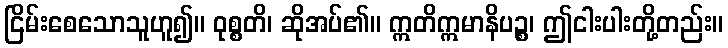
ငြိမ်းစေသောသူဟူ၍။ ဝုစ္စတိ၊ ဆိုအပ်၏။ ဣတိဣမာနိပဉ္စ၊ ဤငါးပါးတို့တည်း။